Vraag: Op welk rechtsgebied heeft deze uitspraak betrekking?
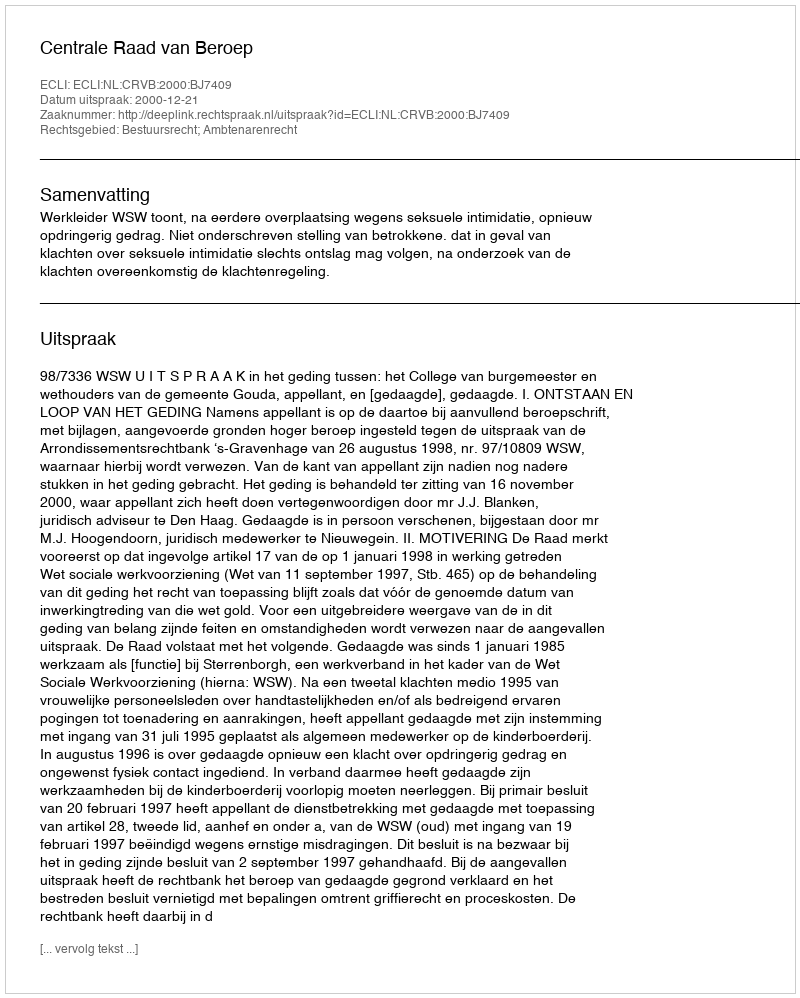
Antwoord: Bestuursrecht; Ambtenarenrecht